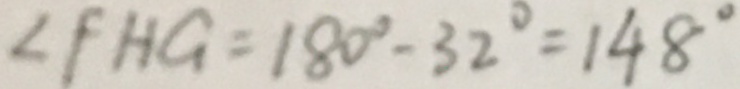
\angle F H G = 1 8 0 ^ { \circ } - 3 2 ^ { \circ } = 1 4 8 ^ { \circ }